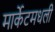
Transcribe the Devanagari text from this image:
मार्केटमधली